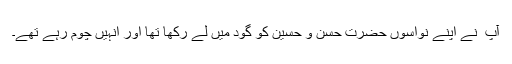
آپ ۖ نے اپنے نواسوں حضرت حسن و حسین کو گود میں لے رکھا تھا اور انہیں چوم رہے تھے۔